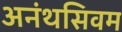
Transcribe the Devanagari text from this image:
अनंथसिवम